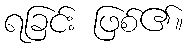
ရခြင်း ဖြစ်၏။